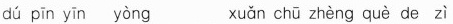
dú pīn yīn yòng xuǎn chū zhèng què de zì